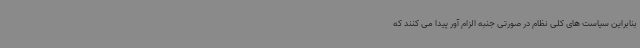
بنابراین سیاست های کلی نظام در صورتی جنبه الزام آور پیدا می کنند که